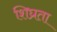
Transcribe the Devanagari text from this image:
शिघ्रता